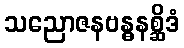
သညောဇနဗန္ဓနစ္ဆိဒံ